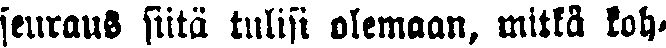
seuraus siitä tulisi olemaan, mitkä koh-